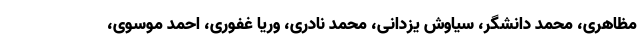
مظاهری، محمد دانشگر، سیاوش یزدانی، محمد نادری، وریا غفوری، احمد موسوی،